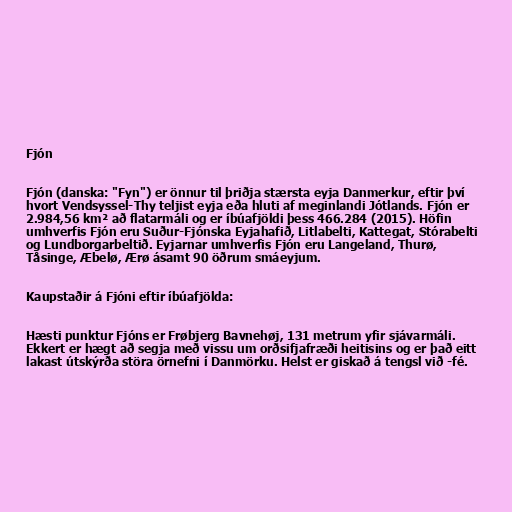
Fjón

Fjón (danska: "Fyn") er önnur til þriðja stærsta eyja Danmerkur, eftir því
hvort Vendsyssel-Thy teljist eyja eða hluti af meginlandi Jótlands. Fjón er
2.984,56 km² að flatarmáli og er íbúafjöldi þess 466.284 (2015). Höfin
umhverfis Fjón eru Suður-Fjónska Eyjahafið, Litlabelti, Kattegat, Stórabelti
og Lundborgarbeltið. Eyjarnar umhverfis Fjón eru Langeland, Thurø,
Tåsinge, Æbelø, Ærø ásamt 90 öðrum smáeyjum.

Kaupstaðir á Fjóni eftir íbúafjölda:

Hæsti punktur Fjóns er Frøbjerg Bavnehøj, 131 metrum yfir sjávarmáli.
Ekkert er hægt að segja með vissu um orðsifjafræði heitisins og er það eitt
lakast útskýrða störa örnefni í Danmörku. Helst er giskað á tengsl við -fé.